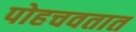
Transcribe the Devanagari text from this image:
पोहचवतात